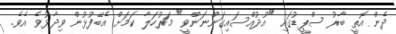
ދެން އޮތީ ބާރު ސްޕީޑުގައި "އުދުއްސައިގަންނަންވީ" މަރުހަލާ ކަމަށް އެބޭފުޅުން ވިދާޅުވެ އެވެ.